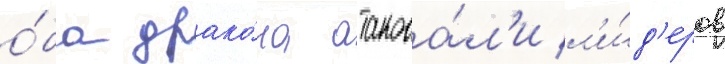
о́ба драко́на атакова́л'и л'и́д'еров